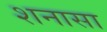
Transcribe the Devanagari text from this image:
शनासा